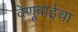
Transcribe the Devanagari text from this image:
वेणूबाईचा